Bréfritari: Halldór Pétursson
Viðtakandi: Jón Borgfirðingur
Dagsetning: A-1855-04-21
Skrifað á: Illugastöðum í Fnjóskadal  S-Þing.

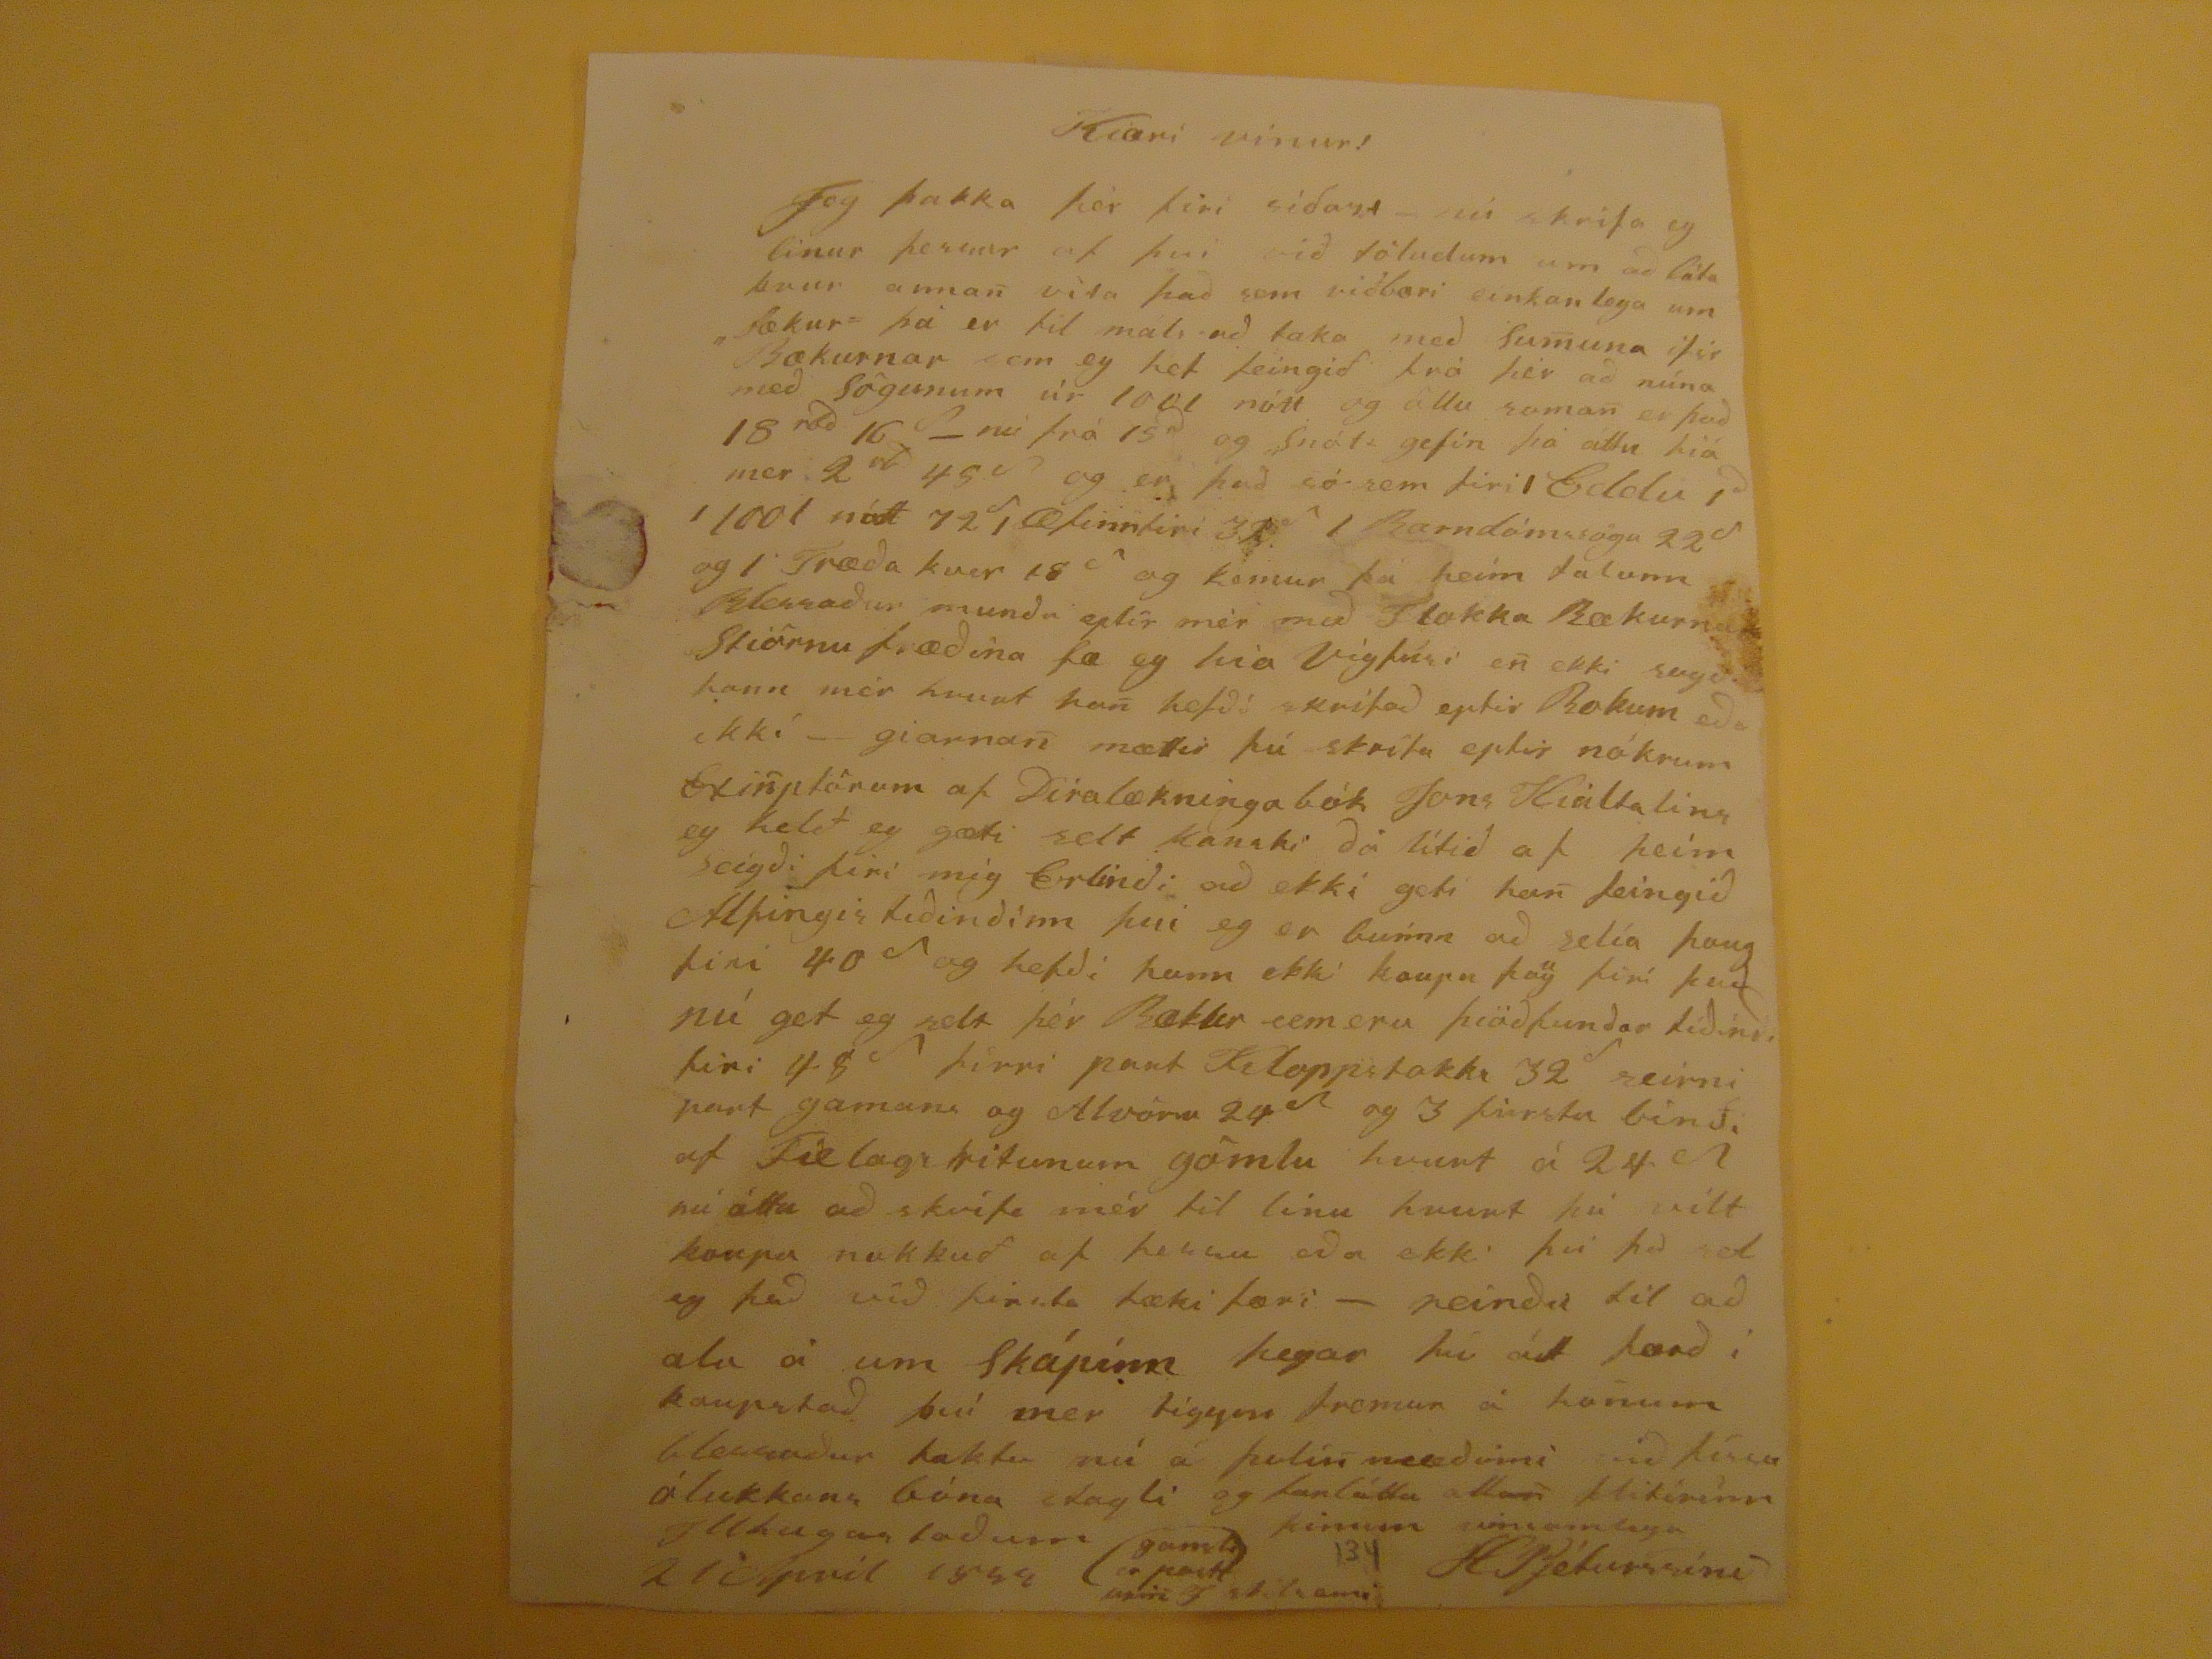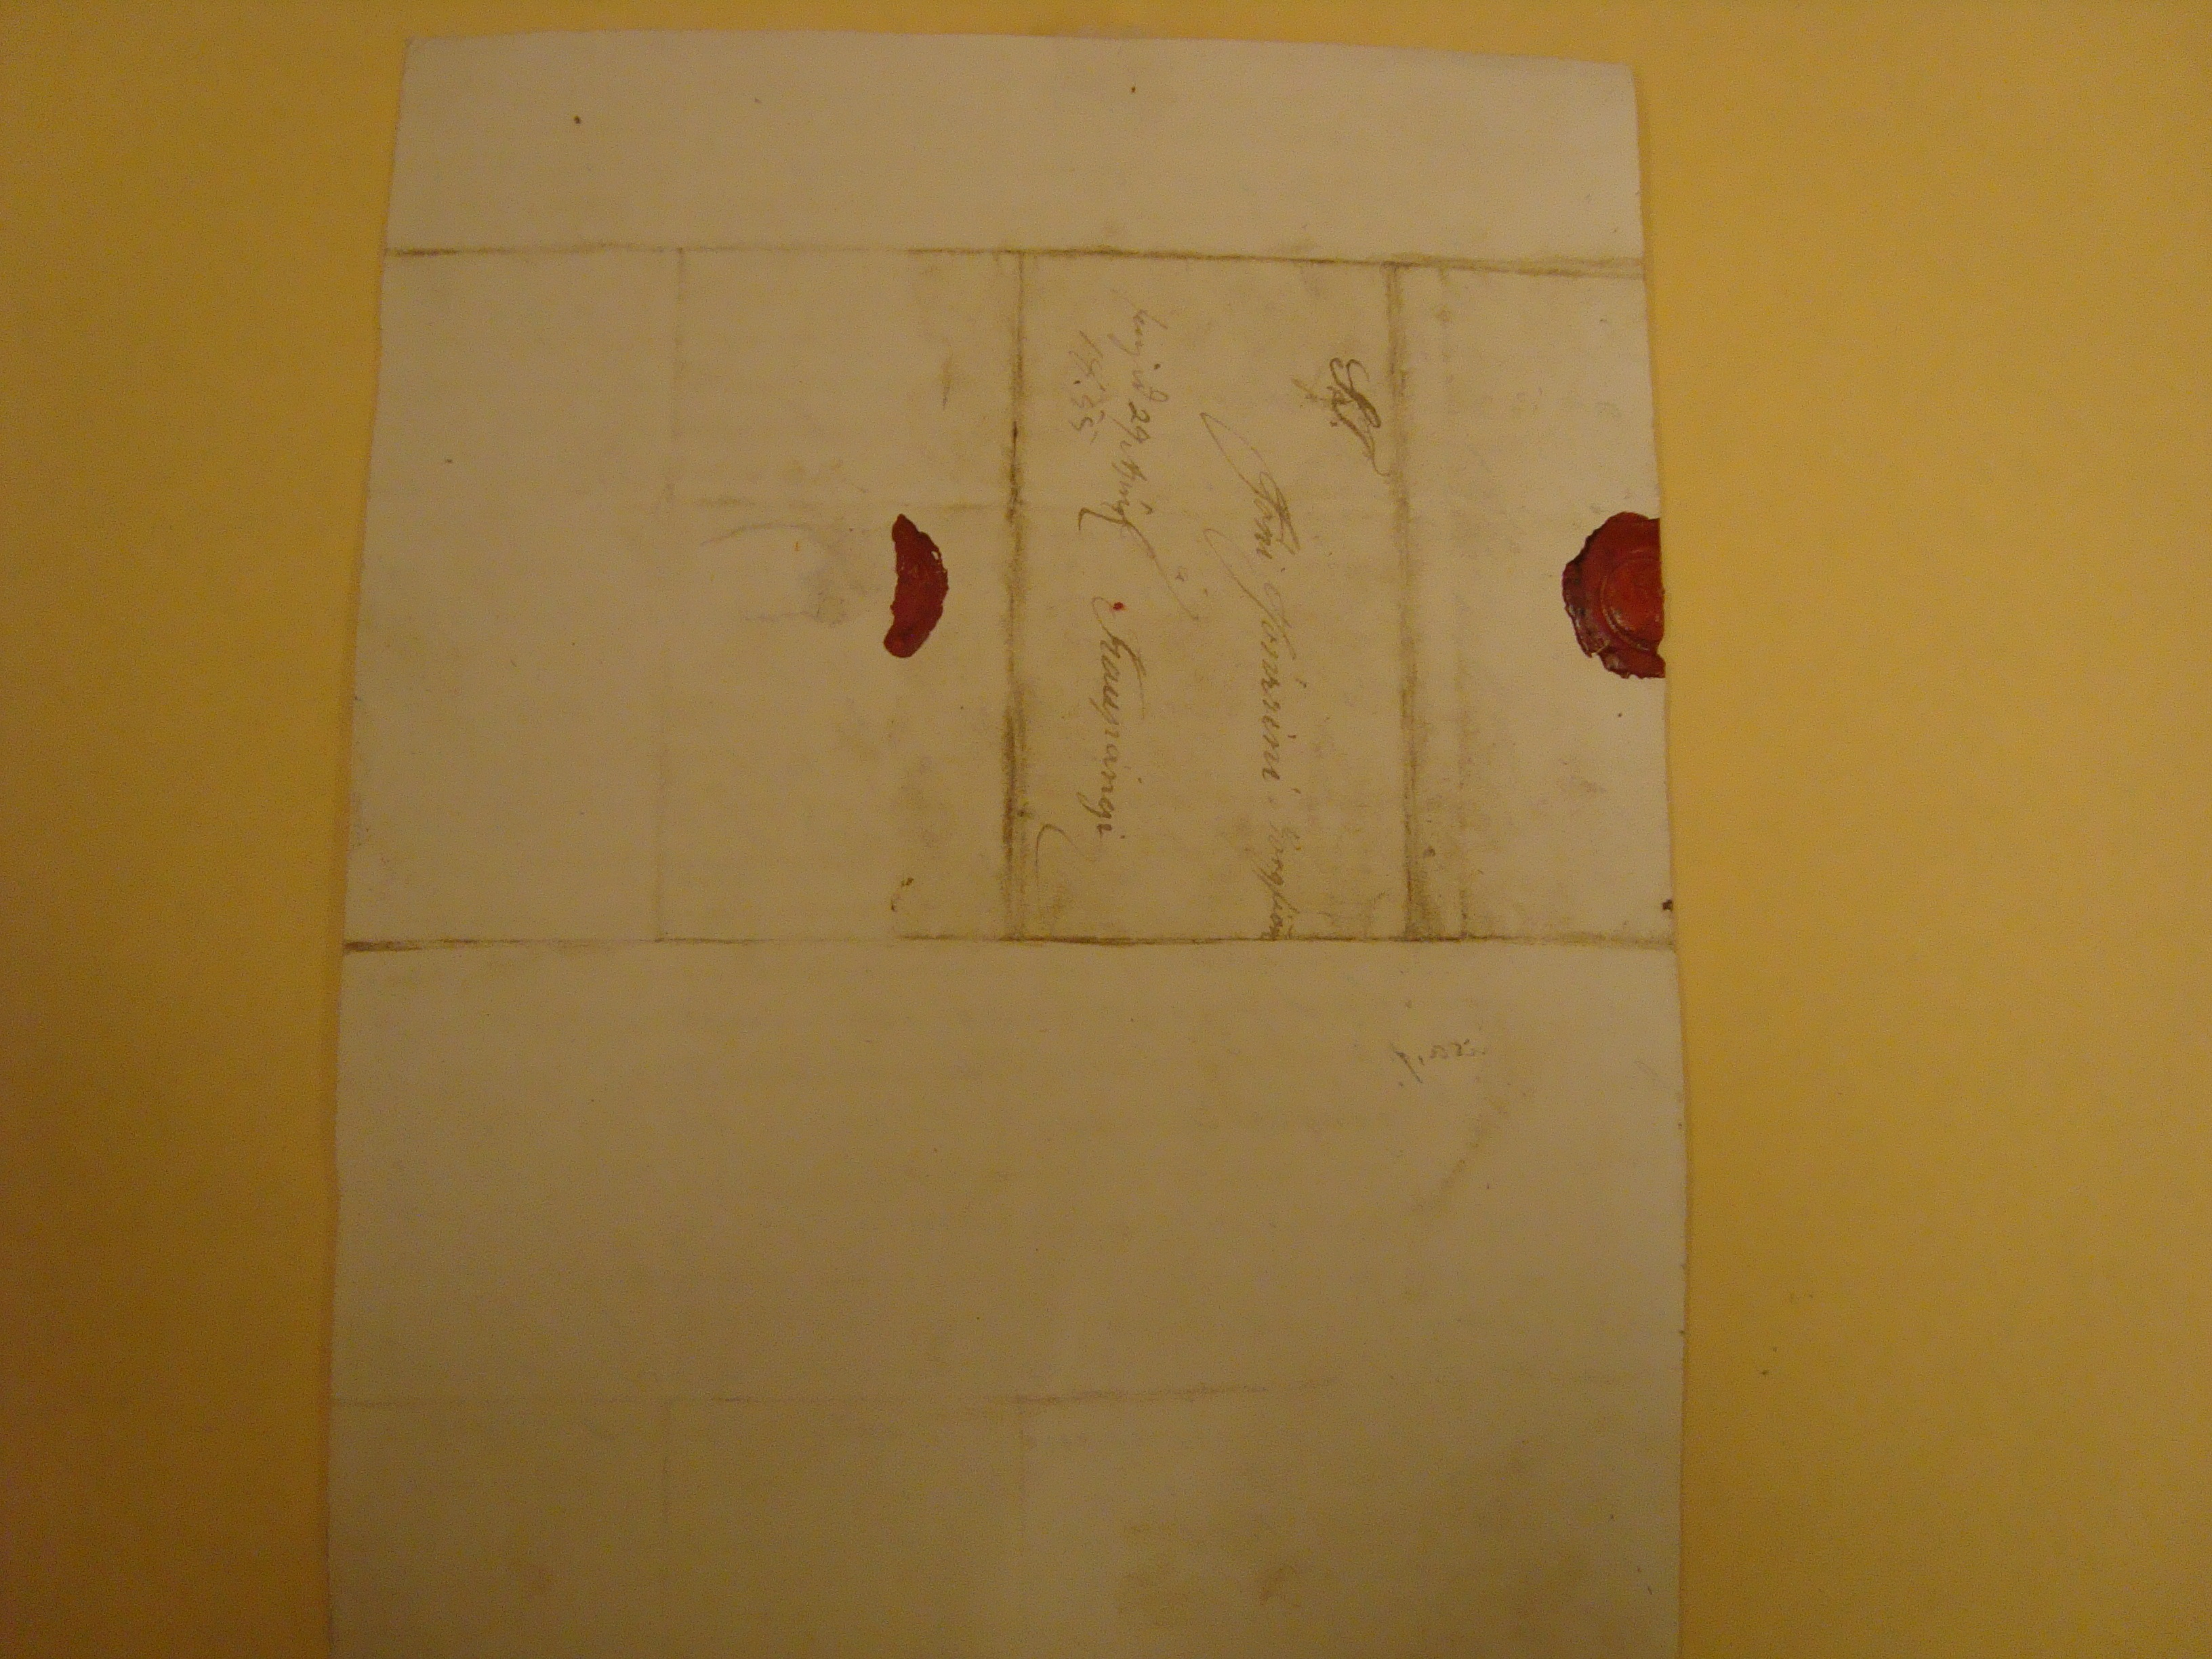

Kiæri vinur!
Jeg þakka þér firi síðast- nú skrifa eg linur þessar af þvi við töludum um að láta kvur annann vita það sem viðbæri einkanlega um "Bækur" þá er til máls að taka með summuna ifir Bækurnar sem eg hef feindið frá þér að núna með Sögunum úr 1001 nótt og öllu saman er það 18
rsd
16
S
- nú frá 15
d
og
Snót
gefin þó áttu hiá mer 2
rd
45
S
og er það sá sem firi /Eddu/ /1001 nótt 72/Æfinntiri 32/Barnadómssögu 22 og / Fræða kver 18 og kemur þú heim
talunn
Blessaður mundu getir mér með Stokka Bækurnar Stiörnufræðina fæ eg hia Vigfúsi en ekki sagði hann mér hvurt hann hefði skrifað eptir Bokum eða ekki- giarnann mættir þú skrifa eptir nókrum
Etinnplönum
af Diralækningabók Jons Hialtalins eg helð eg gæti selt kanski ðá lítið af þeim sagði firi mig Erlindi að ekki geti hann feingið Alþingistídindinn þvi eg er buinn að selia þaug firi 40
S
og hefði hann ekki kaupa þög firi þau nú get eg selt þér Bækur sem eru þióðfundar tíðindi firi 48
S
firri part
Klappstakki
32
S
seinni part gamans og Alv öru 24
S
og 3 firrstu binði af Fielagi ritunum gömlu hvert á 24
S
nú áttu að skrifa mér til linu hvort þú vilt kaupa nokkuð af þessu eða ekki því þá sel eg það við firsta tækifæri- reindu til að
ala
á um Skápinn þegar þú
átt
færð i kaupstað því mer liggur fremur á honum blessaður taktu nú á þolinmæðinni við þéssu ólukkans bóna stagli og fanláttu allan flítirínn
þinum vinsamlega
HPjeturssini
Illhugastaðum
21 April 1855
gamliá putt arin J skilsemi
S.T.
Jóni Jónssini Borgfiörd
Kaupangi
fengið 29
Jún
1855